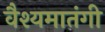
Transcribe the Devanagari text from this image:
वैश्यमातंगी